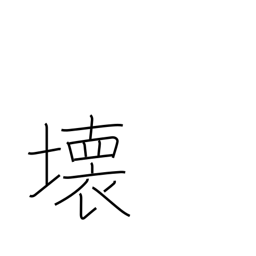
Meaning: demolition